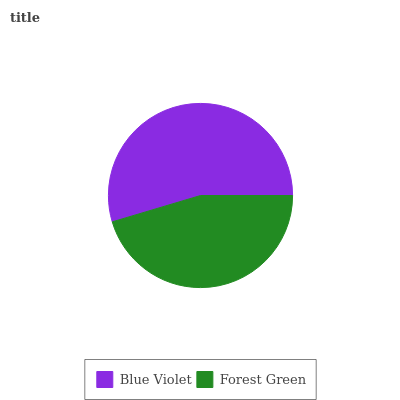
| Blue Violet | Forest Green |
 | --- | --- |
 | 54.6% | 45.4% |